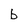
Character: b